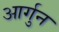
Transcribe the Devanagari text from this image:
आर्गुन